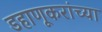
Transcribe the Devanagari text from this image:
डहाणूकरांच्या